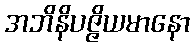
အဘိနိပဇ္ဇိယမာနော